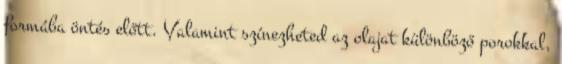
formába öntés előtt. Valamint színezheted az olajat különböző porokkal,